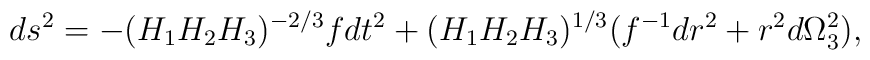
ds^2 =-(H_1H_2H_3)^{-2/3} fdt^2 +(H_1H_2H_3)^{1/3}(f^{-1}dr^2 +r^2d\Omega_3^2),